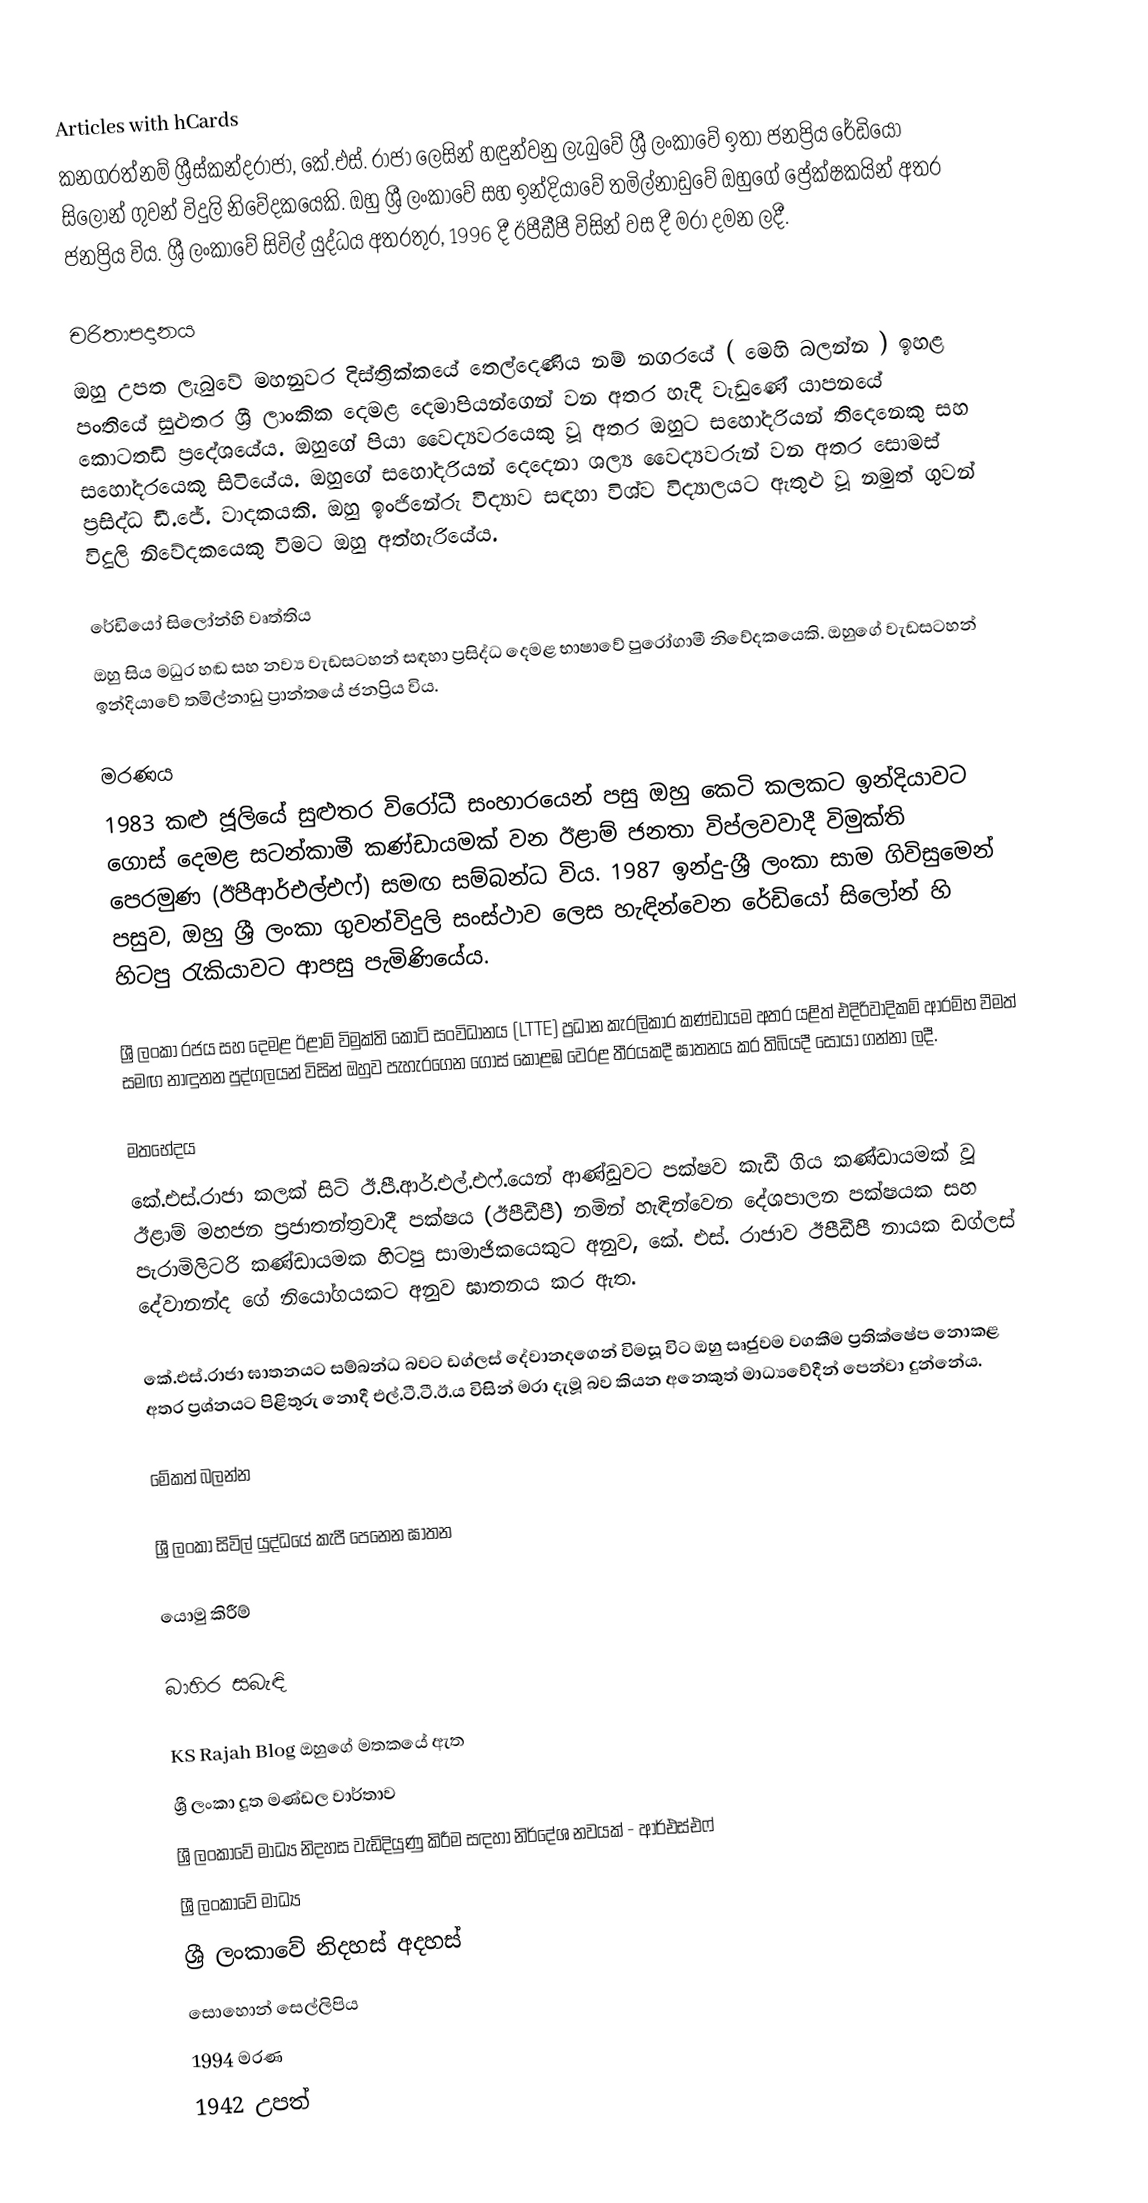
Articles with hCards
කනගරත්නම් ශ්‍රීස්කන්දරාජා, කේ.එස්. රාජා ලෙසින් හඳුන්වනු ලැබුවේ ශ්‍රී ලංකාවේ ඉතා ජනප්‍රිය රේඩියෝ සිලෝන් ගුවන් විදුලි නිවේදකයෙකි. ඔහු ශ්‍රී ලංකාවේ සහ ඉන්දියාවේ තමිල්නාඩුවේ ඔහුගේ ප්‍රේක්ෂකයින් අතර ජනප්‍රිය විය. ශ්‍රී ලංකාවේ සිවිල් යුද්ධය අතරතුර, 1996 දී ඊපීඩීපී විසින් වස දී මරා දමන ලදී.

චරිතාපදානය
ඔහු උපත ලැබුවේ මහනුවර දිස්ත්‍රික්කයේ තෙල්දෙණිය නම් නගරයේ ( මෙහි බලන්න ) ඉහළ පංතියේ සුළුතර ශ්‍රී ලාංකික දෙමළ දෙමාපියන්ගෙන් වන අතර හැදී වැඩුණේ යාපනයේ කොටතඩි ප්‍රදේශයේය. ඔහුගේ පියා වෛද්‍යවරයෙකු වූ අතර ඔහුට සහෝදරියන් තිදෙනෙකු සහ සහෝදරයෙකු සිටියේය. ඔහුගේ සහෝදරියන් දෙදෙනා ශල්‍ය වෛද්‍යවරුන් වන අතර සොමස් ප්‍රසිද්ධ ඩී.ජේ. වාදකයකි. ඔහු ඉංජිනේරු විද්‍යාව සඳහා විශ්ව විද්‍යාලයට ඇතුළු වූ නමුත් ගුවන් විදුලි නිවේදකයෙකු වීමට ඔහු අත්හැරියේය.

රේඩියෝ සිලෝන්හි වෘත්තිය
ඔහු සිය මධුර හඬ සහ නව්‍ය වැඩසටහන් සඳහා ප්‍රසිද්ධ දෙමළ භාෂාවේ පුරෝගාමී නිවේදකයෙකි. ඔහුගේ වැඩසටහන් ඉන්දියාවේ තමිල්නාඩු ප්‍රාන්තයේ ජනප්‍රිය විය.

මරණය
1983 කළු ජූලියේ සුළුතර විරෝධී සංහාරයෙන් පසු ඔහු කෙටි කලකට ඉන්දියාවට ගොස් දෙමළ සටන්කාමී කණ්ඩායමක් වන ඊළාම් ජනතා විප්ලවවාදී විමුක්ති පෙරමුණ (ඊපීආර්එල්එෆ්) සමඟ සම්බන්ධ විය. 1987 ඉන්දු-ශ්‍රී ලංකා සාම ගිවිසුමෙන් පසුව, ඔහු ශ්‍රී ලංකා ගුවන්විදුලි සංස්ථාව ලෙස හැඳින්වෙන රේඩියෝ සිලෝන් හි හිටපු රැකියාවට ආපසු පැමිණියේය.

ශ්‍රී ලංකා රජය සහ දෙමළ ඊළාම් විමුක්ති කොටි සංවිධානය (LTTE) ප්‍රධාන කැරලිකාර කණ්ඩායම අතර යළිත් එදිරිවාදිකම් ආරම්භ වීමත් සමඟ නාඳුනන පුද්ගලයන් විසින් ඔහුව පැහැරගෙන ගොස් කොළඹ වෙරළ තීරයකදී ඝාතනය කර තිබියදී සොයා ගන්නා ලදී.

මතභේදය
කේ.එස්.රාජා කලක් සිටි ඊ.පී.ආර්.එල්.එෆ්.යෙන් ආණ්ඩුවට පක්ෂව කැඩී ගිය කණ්ඩායමක් වූ ඊළාම් මහජන ප්‍රජාතන්ත්‍රවාදී පක්ෂය (ඊපීඩීපී) නමින් හැඳින්වෙන දේශපාලන පක්ෂයක සහ පැරාමිලිටරි කණ්ඩායමක හිටපු සාමාජිකයෙකුට අනුව, කේ. එස්. රාජාව ඊපීඩීපී නායක ඩග්ලස් දේවානන්ද ගේ නියෝගයකට අනුව ඝාතනය කර ඇත.

කේ.එස්.රාජා ඝාතනයට සම්බන්ධ බවට ඩග්ලස් දේවානදගෙන් විමසූ විට ඔහු සෘජුවම වගකීම ප්‍රතික්ෂේප නොකළ අතර ප්‍රශ්නයට පිළිතුරු නොදී එල්.ටී.ටී.ඊ.ය විසින් මරා දැමූ බව කියන අනෙකුත් මාධ්‍යවේදීන් පෙන්වා දුන්නේය.

මේකත් බලන්න

 ශ්‍රී ලංකා සිවිල් යුද්ධයේ කැපී පෙනෙන ඝාතන

යොමු කිරීම්

බාහිර සබැඳි

 KS Rajah Blog ඔහුගේ මතකයේ ඇත
 ශ්‍රී ලංකා දූත මණ්ඩල වාර්තාව
 ශ්‍රී ලංකාවේ මාධ්‍ය නිදහස වැඩිදියුණු කිරීම සඳහා නිර්දේශ නවයක් - ආර්එස්එෆ්
 ශ්‍රී ලංකාවේ මාධ්‍ය
 ශ්‍රී ලංකාවේ නිදහස් අදහස්
 සොහොන් සෙල්ලිපිය
1994 මරණ
1942 උපත්